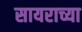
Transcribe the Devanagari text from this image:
सायराच्या